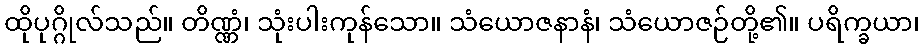
ထိုပုဂ္ဂိုလ်သည်။ တိဏ္ဏံ၊ သုံးပါးကုန်သော။ သံယောဇနာနံ၊ သံယောဇဉ်တို့၏။ ပရိက္ခယာ၊